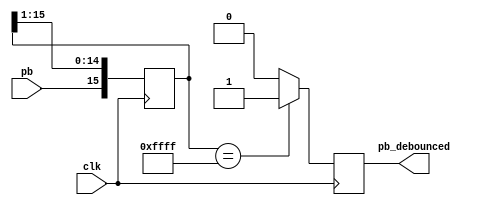
`timescale 1ns / 1ps
module debounce #(parameter width = 16) (
output reg pb_debounced,
input wire pb,
input wire clk
);
/* 16 x (1/5 KHz) = 3.2uS */
localparam shift_max = (2**width)-1;
reg [width-1:0] shift;
always @ (posedge clk)
begin
shift[width-2:0] <= shift[width-1:1];
shift[width-1] <= pb;
if (shift == shift_max)
pb_debounced <= 1'b1;
else
pb_debounced <= 1'b0;
end
endmodule